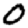
Digit: 0